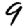
Digit: 9